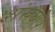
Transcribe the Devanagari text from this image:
शंखघोष